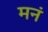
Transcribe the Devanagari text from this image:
मनं